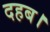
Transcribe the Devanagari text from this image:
दहब।